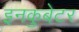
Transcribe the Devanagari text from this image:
इनकुबेटर